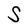
Character: S